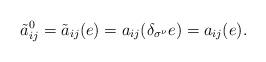
LaTeX: \begin{align*}\tilde{a}^{0}_{ij}=\tilde{a}_{ij}(e)=a_{ij}(\delta_{\sigma^{\nu}}e)=a_{ij}(e).\end{align*}